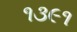
૧૩૯૧